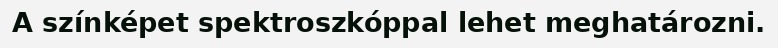
A színképet spektroszkóppal lehet meghatározni.